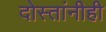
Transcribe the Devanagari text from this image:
दोस्तांनीही